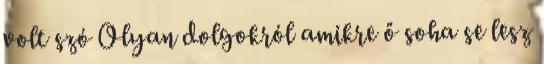
volt szó Olyan dolgokról amikre ő soha se lesz